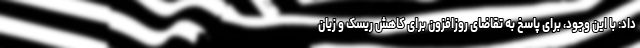
داد: با این وجود، برای پاسخ به تقاضای روزافزون برای کاهش ریسک و زیان